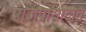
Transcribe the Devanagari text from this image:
राजप्रासादात